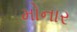
મોનાર